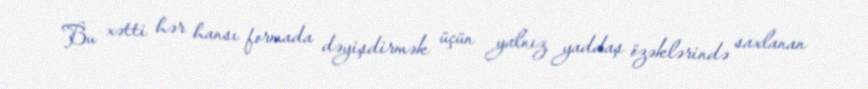
Bu xətti hər hansı formada dəyişdirmək üçün yalnız yaddaş özəklərində saxlanan